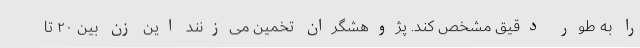
را به طور دقیق مشخص کند. پژوهشگران تخمین می‌زنند این زن بین ۲۰ تا